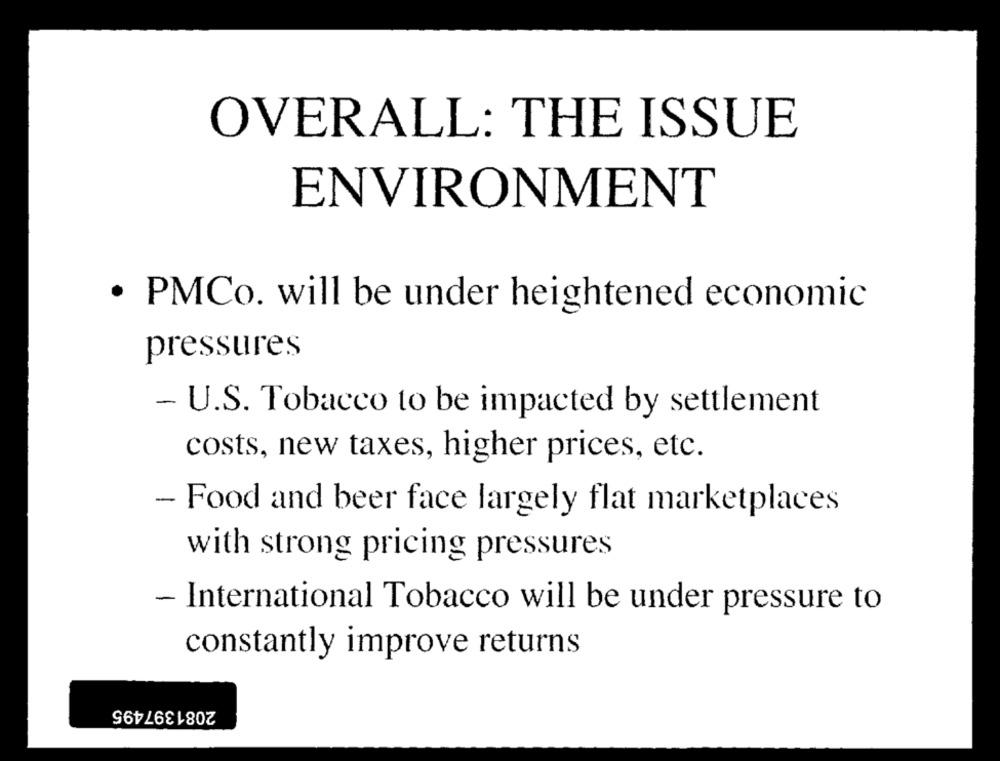
OVERALL: THE ISSUE
ENVIRONMENT
· PMCo. will be under heightened economic
pressures
- U.S. Tobacco to be impacted by settlement
costs, new taxes, higher prices, etc.
- Food and beer face largely flat marketplaces
with strong pricing pressures
- International Tobacco will be under pressure to
constantly improve returns
2081397495